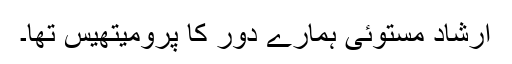
ارشاد مستوئی ہمارے دور کا پرومیتھیس تھا۔